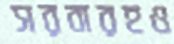
সরবারহও